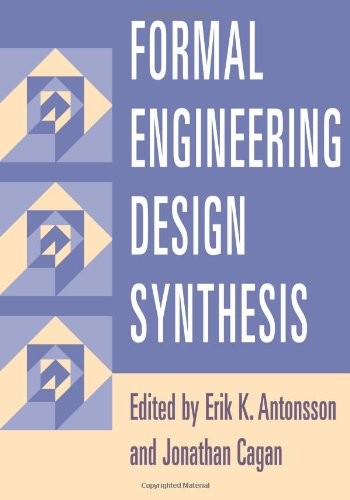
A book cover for Formal Engineering Design Synthesis; Engineering & Transportation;